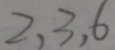
2 . 3 . 6